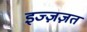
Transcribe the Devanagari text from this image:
इज्ज़ज़त